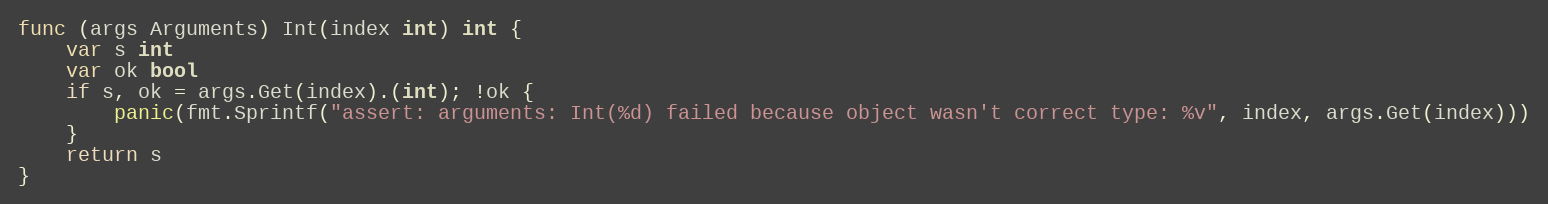
Language: Go
func (args Arguments) Int(index int) int {
	var s int
	var ok bool
	if s, ok = args.Get(index).(int); !ok {
		panic(fmt.Sprintf("assert: arguments: Int(%d) failed because object wasn't correct type: %v", index, args.Get(index)))
	}
	return s
}